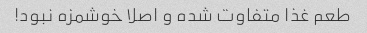
طعم غذا متفاوت شده و اصلا خوشمزه نبود!